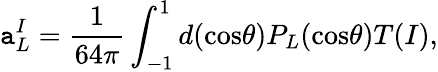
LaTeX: \mathtt{a}_{L}^{I}={\frac{{1}}{{64\pi}}}\int_{-1}^{1}d(\mathrm{{cos}}\theta)P_{L}(\mathrm{{cos}}\theta)T(I),